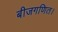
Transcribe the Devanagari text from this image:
बीजगणित।